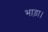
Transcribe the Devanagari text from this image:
भाड़ा।